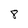
Character: 8